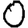
Digit: 0